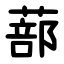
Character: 蔀